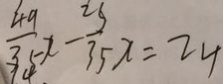
\frac { 4 9 } { 3 5 } x - \frac { 2 5 } { 3 5 } x = 2 4